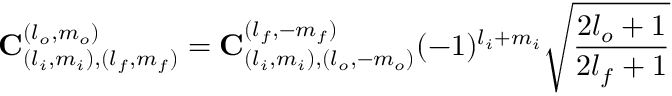
\mathbf { C } _ { ( l _ { i } , m _ { i } ) , ( l _ { f } , m _ { f } ) } ^ { ( l _ { o } , m _ { o } ) } = \mathbf { C } _ { ( l _ { i } , m _ { i } ) , ( l _ { o } , - m _ { o } ) } ^ { ( l _ { f } , - m _ { f } ) } ( - 1 ) ^ { l _ { i } + m _ { i } } \sqrt { \frac { 2 l _ { o } + 1 } { 2 l _ { f } + 1 } }